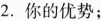
2.你的优势；